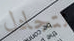
نتجادل